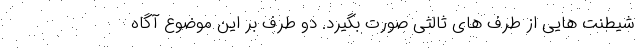
شیطنت هایی از طرف های ثالثی صورت بگیرد. دو طرف بر این موضوع آگاه